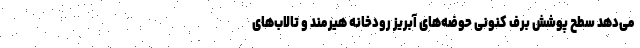
می‌دهد سطح پوشش برف کنونی حوضه‌های آبریز رودخانه هیرمند و تالاب‌های